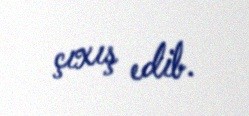
çıxış edib.